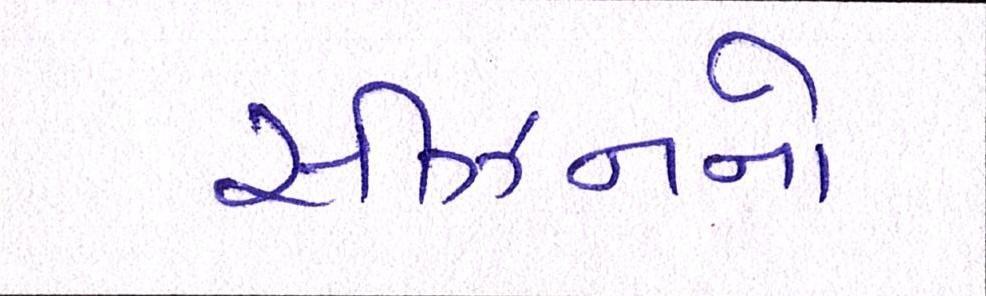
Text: સીઝનનો